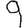
Digit: 9